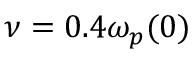
\nu = 0 . 4 \omega _ { p } ( 0 )